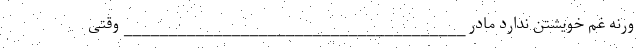
ورنه غم خویشتن ندارد مادر ______________________________________ وقتی